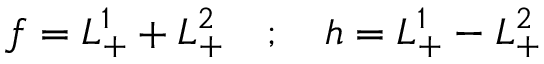
f = L _ { + } ^ { 1 } + L _ { + } ^ { 2 } \quad ; \quad h = L _ { + } ^ { 1 } - L _ { + } ^ { 2 }